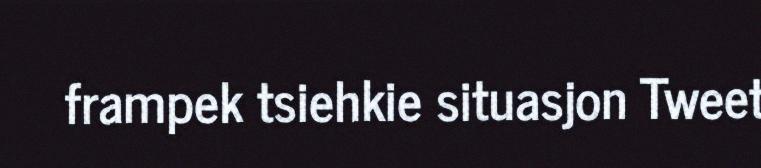
frampek tsiehkie situasjon Tweet